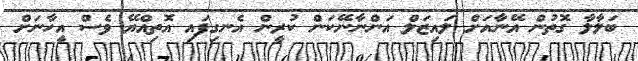
ބަލާލާ ގޮތުން އޭނާއަށް ލައިޒަލް އަންނާނޭކަން ކުރީން އެނގިފައި އޮތިއްޔޭ ވެސް އީހާނަށް